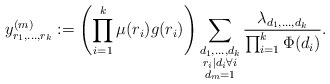
\begin{align*}y^{(m)}_{r_1, \ldots, r_k} := \left(\prod_{i = 1}^k \mu(r_i)g(r_i)\right) \sum_{\substack{d_1, \ldots, d_k \\ r_i \mid d_i \forall i \\ d_m = 1}} \frac{\lambda_{d_1, \ldots, d_k}}{\prod_{i = 1}^k \Phi(d_i)}.\end{align*}